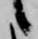
候